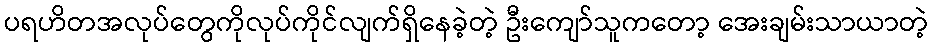
ပရဟိတအလုပ်တွေကိုလုပ်ကိုင်လျက်ရှိနေခဲ့တဲ့ ဦးကျော်သူကတော့ အေးချမ်းသာယာတဲ့